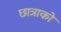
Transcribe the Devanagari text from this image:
छात्राको